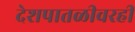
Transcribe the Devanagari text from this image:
देशपातळीवरही